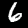
Digit: 6